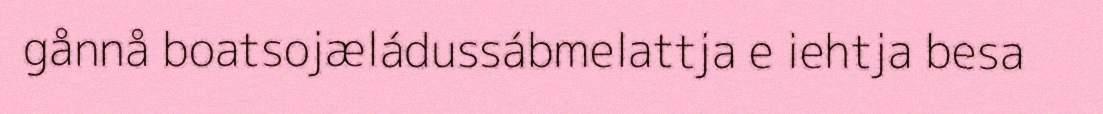
gånnå boatsojæládussábmelattja e iehtja besa